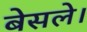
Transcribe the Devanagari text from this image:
बेसले।